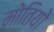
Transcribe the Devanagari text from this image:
मोतियो